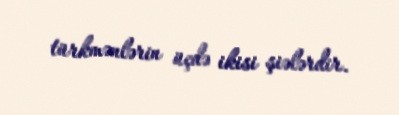
türkmənlərin üçdə ikisi şiələrdir.